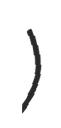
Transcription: Косково)